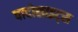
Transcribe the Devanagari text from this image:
पादोसाइट्स